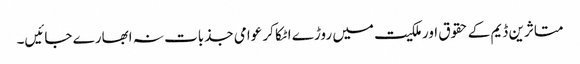
متاثرین ڈیم کے حقوق اور ملکیت میں روڑے اٹکا کر عوامی جذبات نہ ابھارے جائیں۔